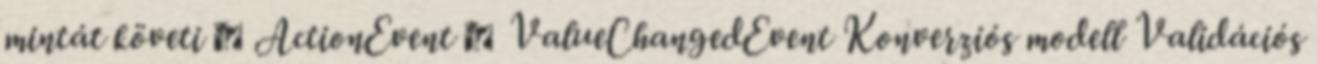
mintát követi  ActionEvent  ValueChangedEvent Konverziós modell Validációs